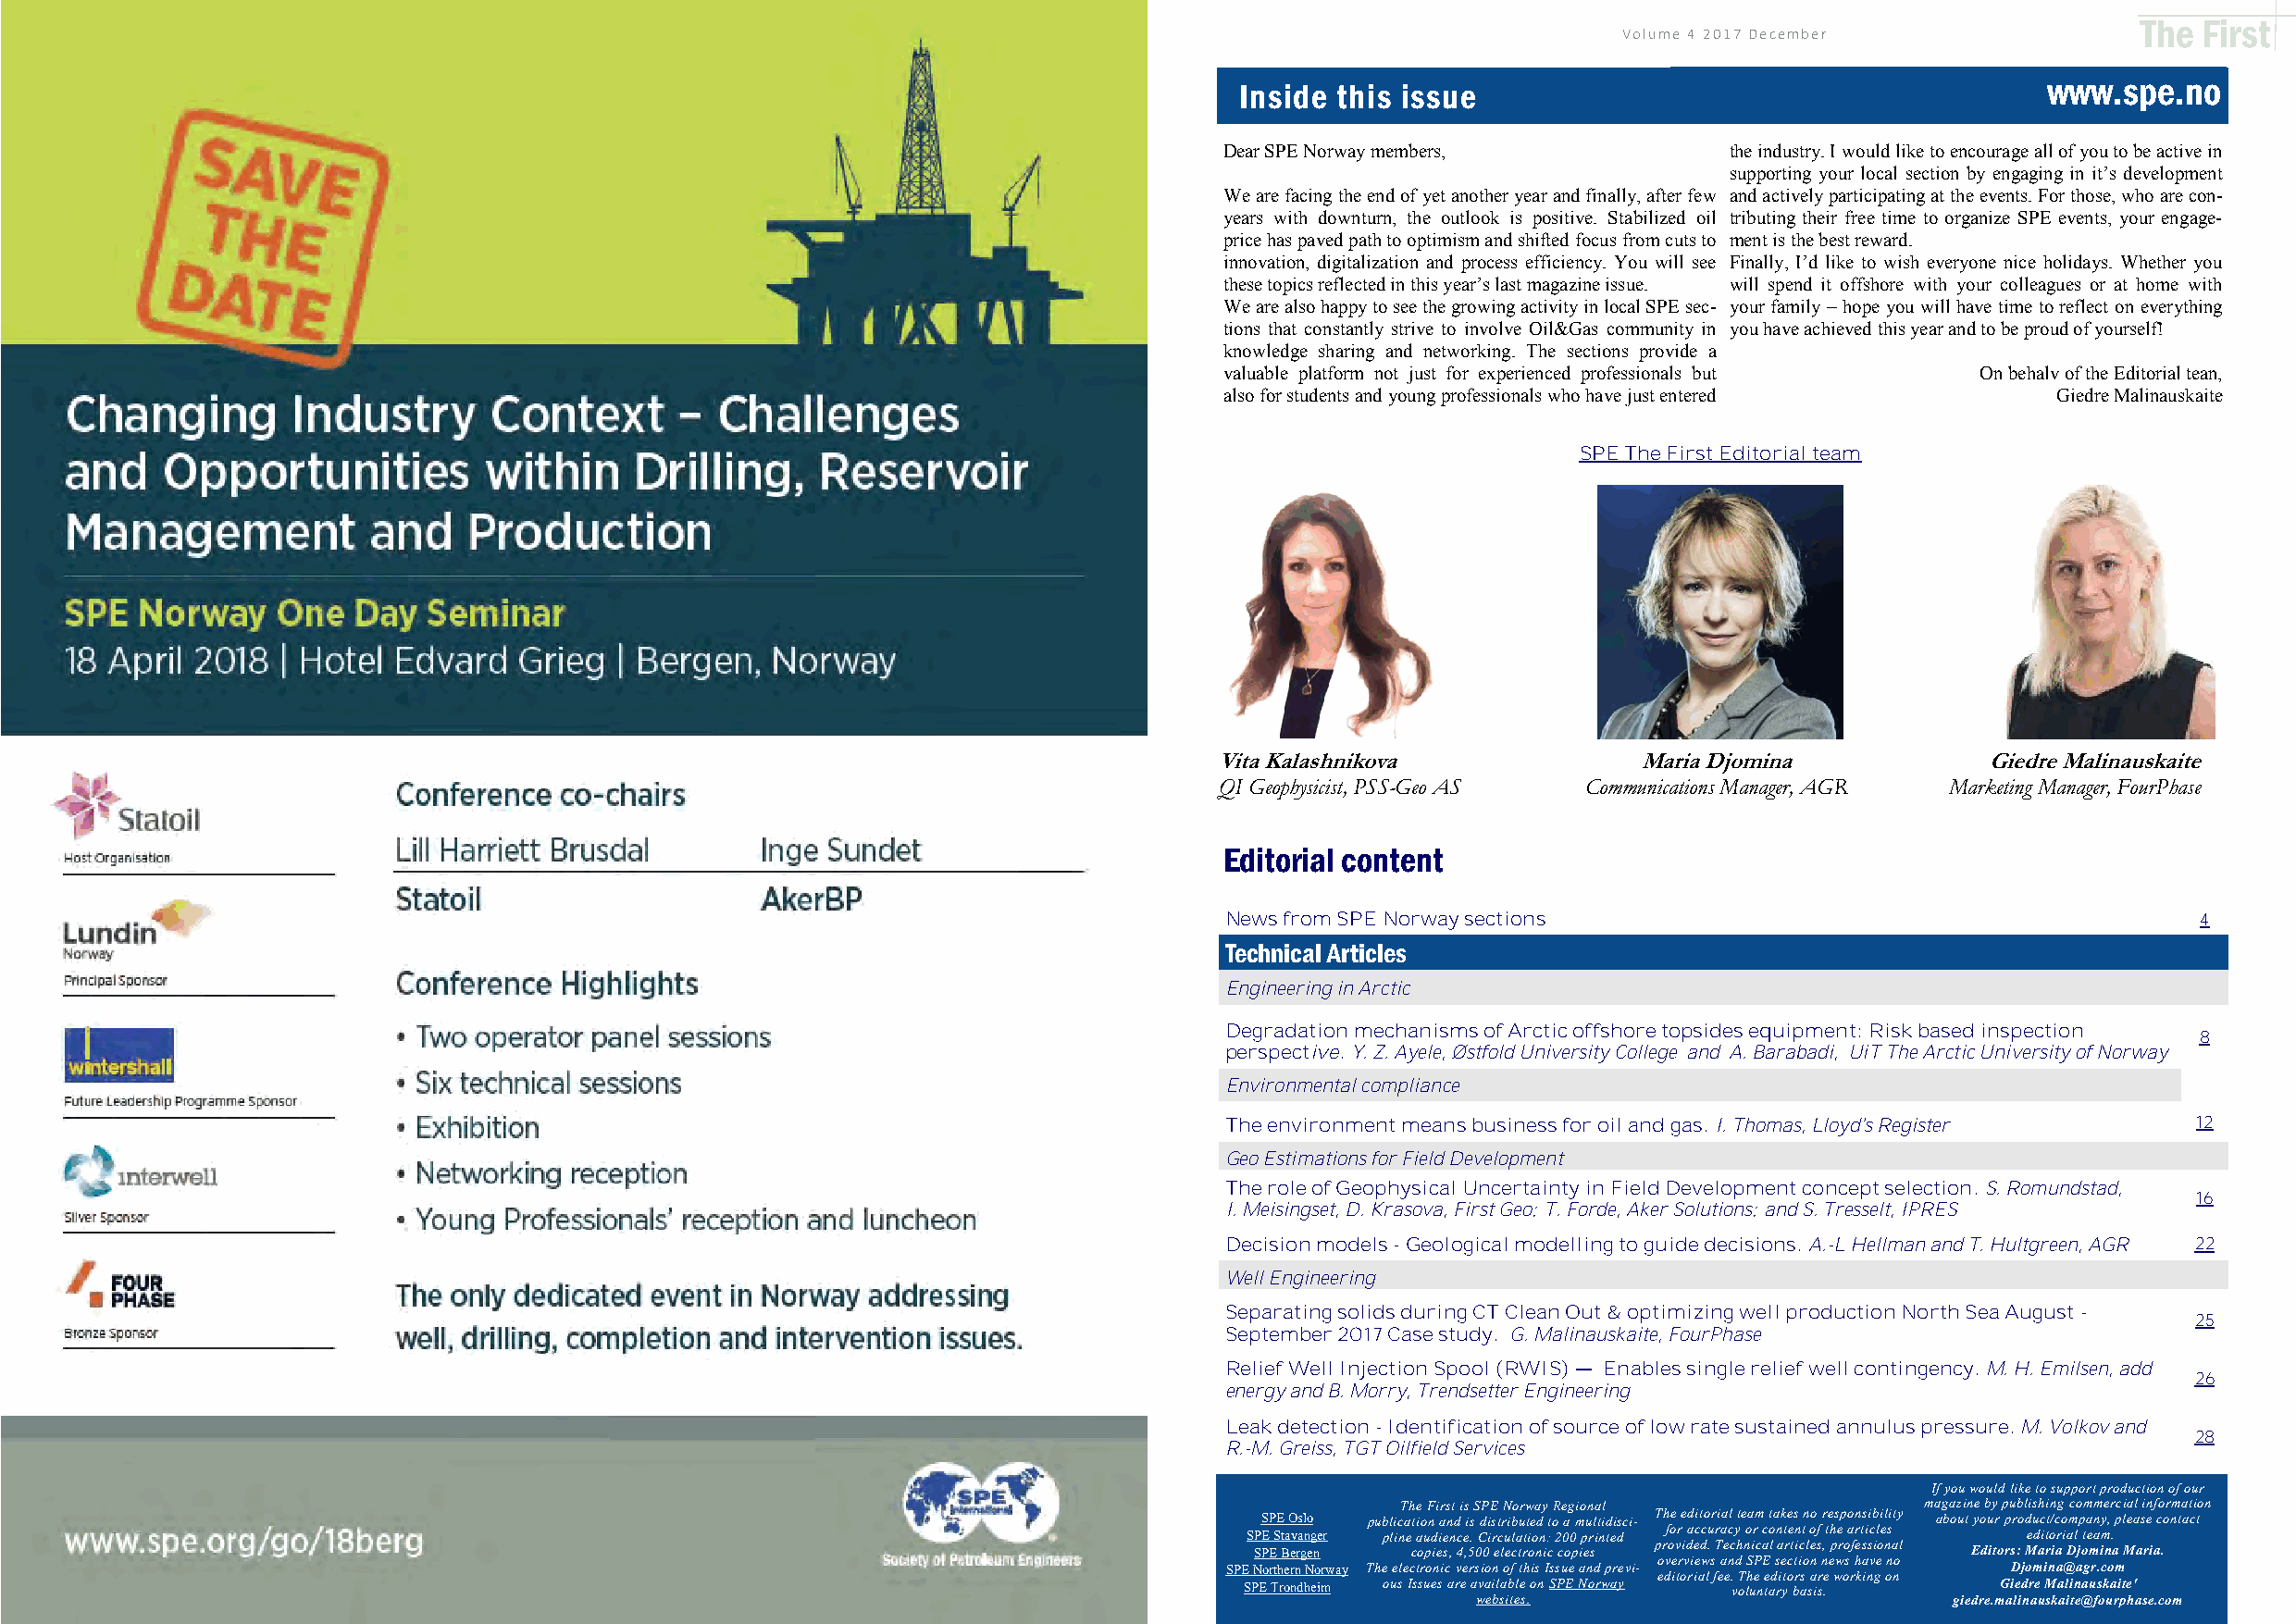
The First
 Volume 4 2017 December                                                            Volume 4 2017 December
 www.spe.no
 Inside this issue
 Dear SPE Norway members,             the industry. I would like to encourage all of you to be active in
 supporting your local section by engaging in it’s development
 We are facing the end of yet another year and finally, after few and actively participating at the events. For those, who are con-
 years with downturn, the outlook is positive. Stabilized oil tributing their free time to organize SPE events, your engage-
 price has paved path to optimism and shifted focus from cuts to ment is the best reward.
 innovation, digitalization and process efficiency. You will see Finally, I’d like to wish everyone nice holidays. Whether you
 these topics reflected in this year’s last magazine issue. will spend it offshore with your colleagues or at home with
 We are also happy to see the growing activity in local SPE sec- your family – hope you will have time to reflect on everything
 tions that constantly strive to involve Oil&Gas community in you have achieved this year and to be proud of yourself!
 knowledge sharing and networking. The sections provide a
 valuable platform not just for experienced professionals but On behalv of the Editorial tean,
 also for students and young professionals who have just entered Giedre Malinauskaite
 SPE The First Editorial team
 Vita Kalashnikova             Maria Djomina            Giedre Malinauskaite
 QI Geophysicist, PSS-Geo AS Communications Manager, AGR Marketing Manager, FourPhase
 Editorial content
 News from SPE Norway sections                                        4
 Technical Articles
 Engineering in Arctic
 Degradation mechanisms of Arctic offshore topsides equipment: Risk based inspection
 8
 perspective. Y. Z. Ayele, Østfold University College and A. Barabadi, UiT The Arctic University of Norway
 Environmental compliance
 The environment means business for oil and gas. I. Thomas, Lloyd's Register 12
 Geo Estimations for Field Development
 The role of Geophysical Uncertainty in Field Development concept selection. S. Romundstad,
 16
 I. Meisingset, D. Krasova, First Geo; T. Forde, Aker Solutions; and S. Tresselt, IPRES
 Decision models - Geological modelling to guide decisions. A.-L Hellman and T. Hultgreen, AGR 22
 Well Engineering
 Separating solids during CT Clean Out & optimizing well production North Sea August -
 25
 September 2017 Case study. G. Malinauskaite, FourPhase
 Relief Well Injection Spool (RWIS) — Enables single relief well contingency. M. H. Emilsen, add
 26
 energy and B. Morry, Trendsetter Engineering
 Leak detection - Identification of source of low rate sustained annulus pressure. M. Volkov and
 28
 R.-M. Greiss, TGT Oilfield Services
 If you would like to support production of our
 The First is SPE Norway Regional      magazine by publishing commercial information
 SPE Oslo publication and is distributed to a multidisci- The editorial team takes no responsibility about your product/company, please contact
 SPE Stavanger pline audience. Circulation: 200 printed for accuracy or content of the articles editorial team.
 SPE Bergen copies, 4,500 electronic copies provided. Technical articles, professional Editors: Maria Djomina Maria.
 overviews and SPE section news have no
 SPE Northern Norway The electronic version of this Issue and previ- Djomina@agr.com
 editorial fee. The editors are working on
 SPE Trondheim ous Issues are available on SPE Norway voluntary basis. Giedre Malinauskaite'
 websites.                         giedre.malinauskaite@fourphase.com